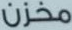
مخزن